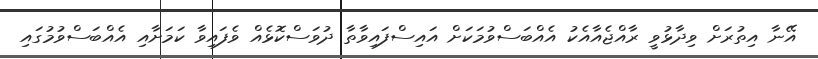
އޭނާ އިތުރަށް ވިދާޅުވީ ރާއްޖެއާއެކު އެއްބަސްވުމަކަށް އައިސްފައިވާތާ ދުވަސްކޮޅެއް ވެފައިވާ ކަމަށާއި އެއްބަސްވުމުގައި